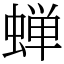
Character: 蝉